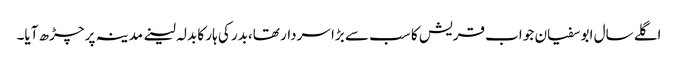
اگلے سال ابو سفیان جو اب قریش کا سب سے بڑا سردار تھا،بدر کی ہار کا بدلہ لینے مدینہ پر چڑھ آیا۔